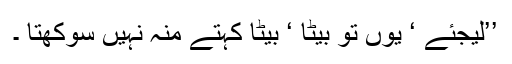
’’لیجئے ‘ یوں تو بیٹا ‘ بیٹا کہتے منہ نہیں سوکھتا ۔